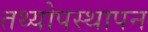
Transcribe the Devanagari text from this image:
तथ्योपस्थापन